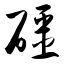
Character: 礓